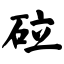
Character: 砬